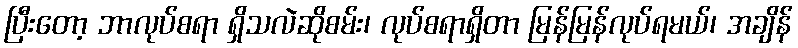
ပြီးတော့ ဘာလုပ်စရာ ရှိသလဲဆိုစမ်း၊ လုပ်စရာရှိတာ မြန်မြန်လုပ်ရမယ်၊ အချိန်